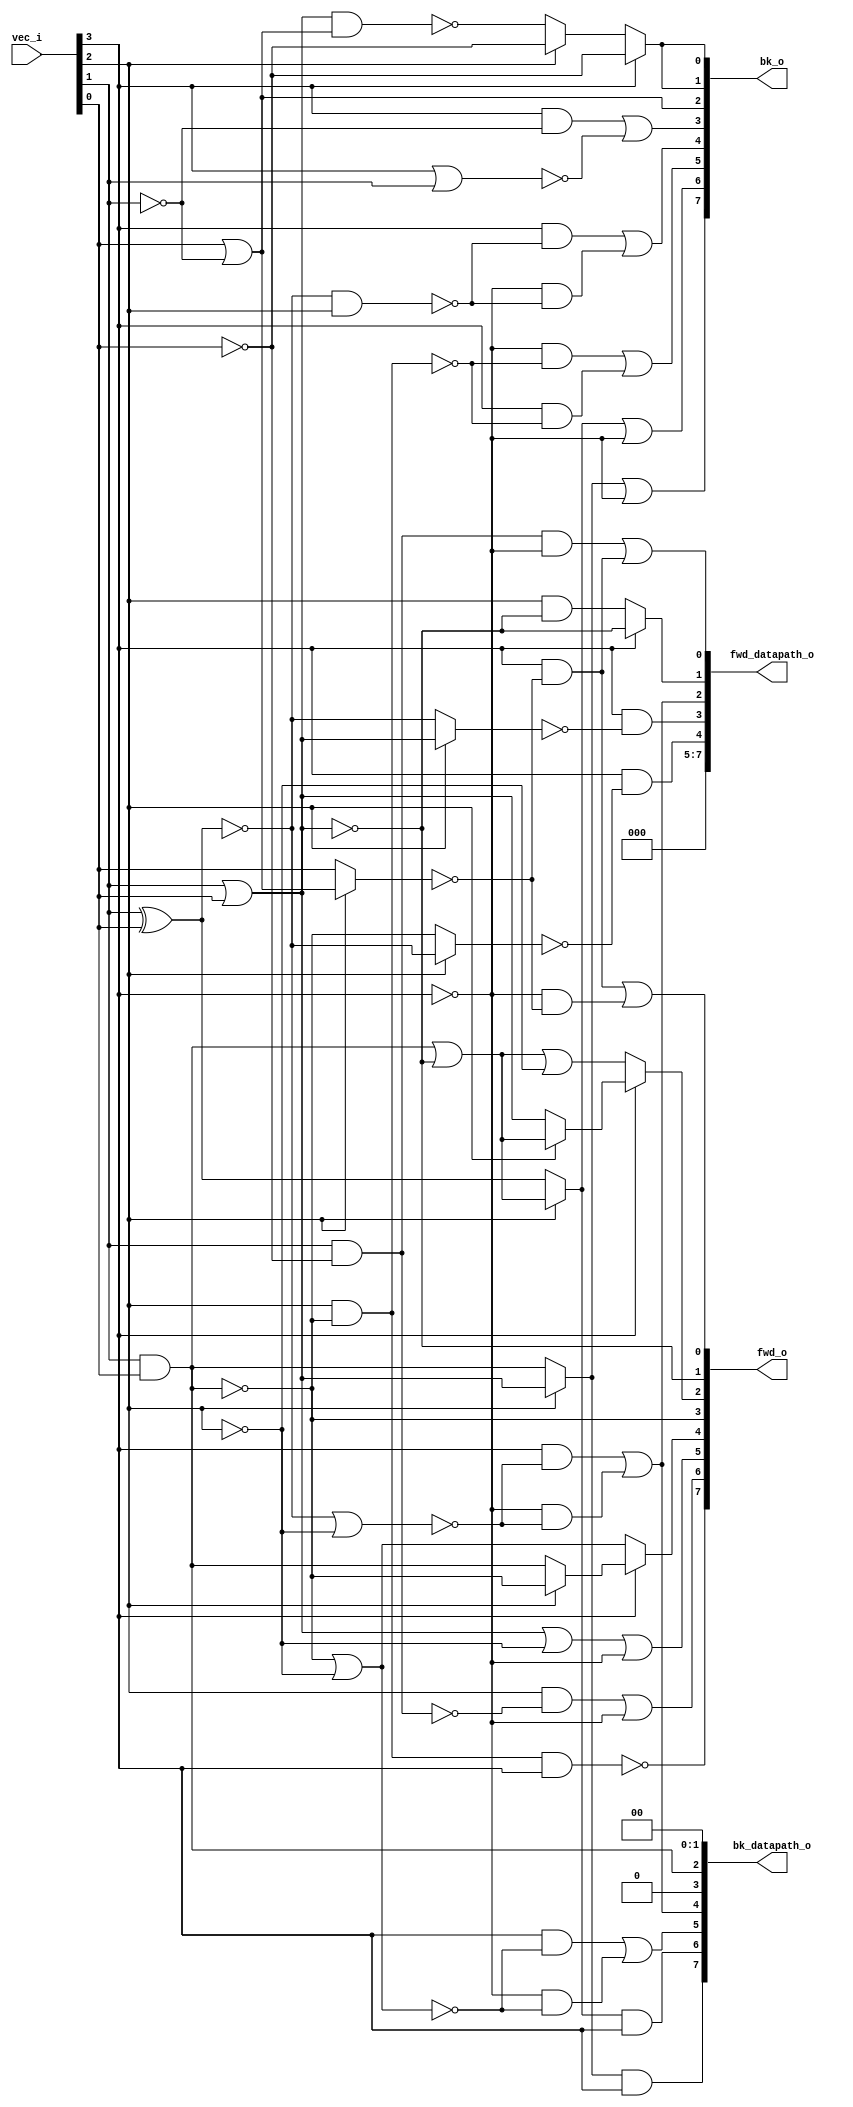
/* Generated by Yosys 0.27+9 (git sha1 101d19bb6, gcc 11.2.0-7ubuntu2 -fPIC -Os) */

(* top =  1  *)

module bsg_scatter_gather(vec_i, fwd_o, fwd_datapath_o, bk_o, bk_datapath_o);
  wire _00_;
  wire _01_;
  wire _02_;
  wire _03_;
  wire _04_;
  wire _05_;
  wire _06_;
  wire _07_;
  wire _08_;
  wire _09_;
  wire _10_;
  wire _11_;
  wire _12_;
  wire _13_;
  wire _14_;
  wire _15_;
  wire _16_;
  wire _17_;
  wire _18_;
  wire _19_;
  wire _20_;
  wire _21_;
  wire _22_;
  wire _23_;
  wire _24_;
  wire _25_;
  wire _26_;
  wire _27_;
  wire _28_;
  wire _29_;
  wire _30_;
  wire _31_;
  wire _32_;
  wire _33_;
  wire _34_;
  wire _35_;
  wire _36_;
  wire _37_;
  
  output [7:0] bk_datapath_o;
  wire [7:0] bk_datapath_o;
  
  output [7:0] bk_o;
  wire [7:0] bk_o;
  
  output [7:0] fwd_datapath_o;
  wire [7:0] fwd_datapath_o;
  
  output [7:0] fwd_o;
  wire [7:0] fwd_o;
  
  input [3:0] vec_i;
  wire [3:0] vec_i;
  assign _00_ = ~vec_i[3];
  assign _01_ = ~vec_i[2];
  assign bk_o[2] = vec_i[0] | ~(vec_i[1]);
  assign _02_ = vec_i[2] ? bk_o[2] : vec_i[0];
  assign _03_ = _00_ & ~(_02_);
  assign _04_ = vec_i[3] & ~(_02_);
  assign fwd_o[0] = _04_ | _03_;
  assign fwd_o[1] = ~(vec_i[1] | vec_i[0]);
  assign _05_ = vec_i[1] | vec_i[0];
  assign bk_datapath_o[2] = vec_i[1] & vec_i[0];
  assign _06_ = bk_datapath_o[2] | ~(_05_);
  assign _07_ = _06_ | _01_;
  assign _08_ = vec_i[2] ? _06_ : _05_;
  assign fwd_o[2] = vec_i[3] ? _08_ : _07_;
  assign fwd_o[3] = ~(vec_i[1] & vec_i[0]);
  assign _09_ = fwd_o[3] | _01_;
  assign _10_ = vec_i[2] ? fwd_o[3] : bk_datapath_o[2];
  assign fwd_o[4] = vec_i[3] ? _10_ : _09_;
  assign _11_ = _05_ | _01_;
  assign fwd_o[5] = _11_ | _00_;
  assign _12_ = vec_i[1] & ~(vec_i[0]);
  assign _13_ = vec_i[2] & ~(_12_);
  assign fwd_o[6] = _13_ | _00_;
  assign _14_ = vec_i[2] & ~(bk_datapath_o[2]);
  assign fwd_o[7] = ~(_14_ & vec_i[3]);
  assign _15_ = ~(vec_i[1] ^ vec_i[0]);
  assign _16_ = _15_ | _01_;
  assign _17_ = _00_ & ~(_16_);
  assign _18_ = vec_i[3] & ~(_16_);
  assign bk_datapath_o[4] = _18_ | _17_;
  assign _19_ = _00_ & ~(_09_);
  assign _20_ = vec_i[3] & ~(_09_);
  assign bk_datapath_o[5] = _20_ | _19_;
  assign _21_ = vec_i[1] ^ vec_i[0];
  assign _22_ = vec_i[2] ? _06_ : _21_;
  assign bk_datapath_o[6] = _22_ & ~(_00_);
  assign _23_ = vec_i[2] ? _05_ : bk_datapath_o[2];
  assign bk_datapath_o[7] = _23_ & ~(_00_);
  assign _24_ = ~vec_i[0];
  assign _25_ = ~(_05_ & bk_o[2]);
  assign _26_ = vec_i[2] ? _24_ : _25_;
  assign bk_o[1] = vec_i[3] ? _24_ : _26_;
  assign _27_ = ~(vec_i[3] | vec_i[1]);
  assign _28_ = vec_i[3] & ~(vec_i[1]);
  assign bk_o[3] = _28_ | _27_;
  assign _29_ = _15_ & ~(_01_);
  assign _30_ = _00_ & ~(_29_);
  assign _31_ = vec_i[3] & ~(_29_);
  assign bk_o[4] = _31_ | _30_;
  assign _32_ = vec_i[3] & ~(_14_);
  assign _33_ = _00_ & ~(_14_);
  assign bk_o[5] = _33_ | _32_;
  assign bk_o[6] = _22_ | _00_;
  assign bk_o[7] = _23_ | _00_;
  assign _34_ = _12_ & ~(vec_i[3]);
  assign fwd_datapath_o[0] = _34_ | _04_;
  assign _35_ = vec_i[2] & ~(_05_);
  assign fwd_datapath_o[1] = vec_i[3] ? fwd_o[1] : _35_;
  assign _36_ = vec_i[2] ? _05_ : _15_;
  assign fwd_datapath_o[3] = vec_i[3] & ~(_36_);
  assign _37_ = vec_i[2] ? _15_ : fwd_o[3];
  assign fwd_datapath_o[4] = vec_i[3] & ~(_37_);
  assign { bk_datapath_o[3], bk_datapath_o[1:0] } = 3'h0;
  assign bk_o[0] = bk_o[1];
  assign { fwd_datapath_o[7:5], fwd_datapath_o[2] } = { 3'h0, bk_datapath_o[4] };
endmodule